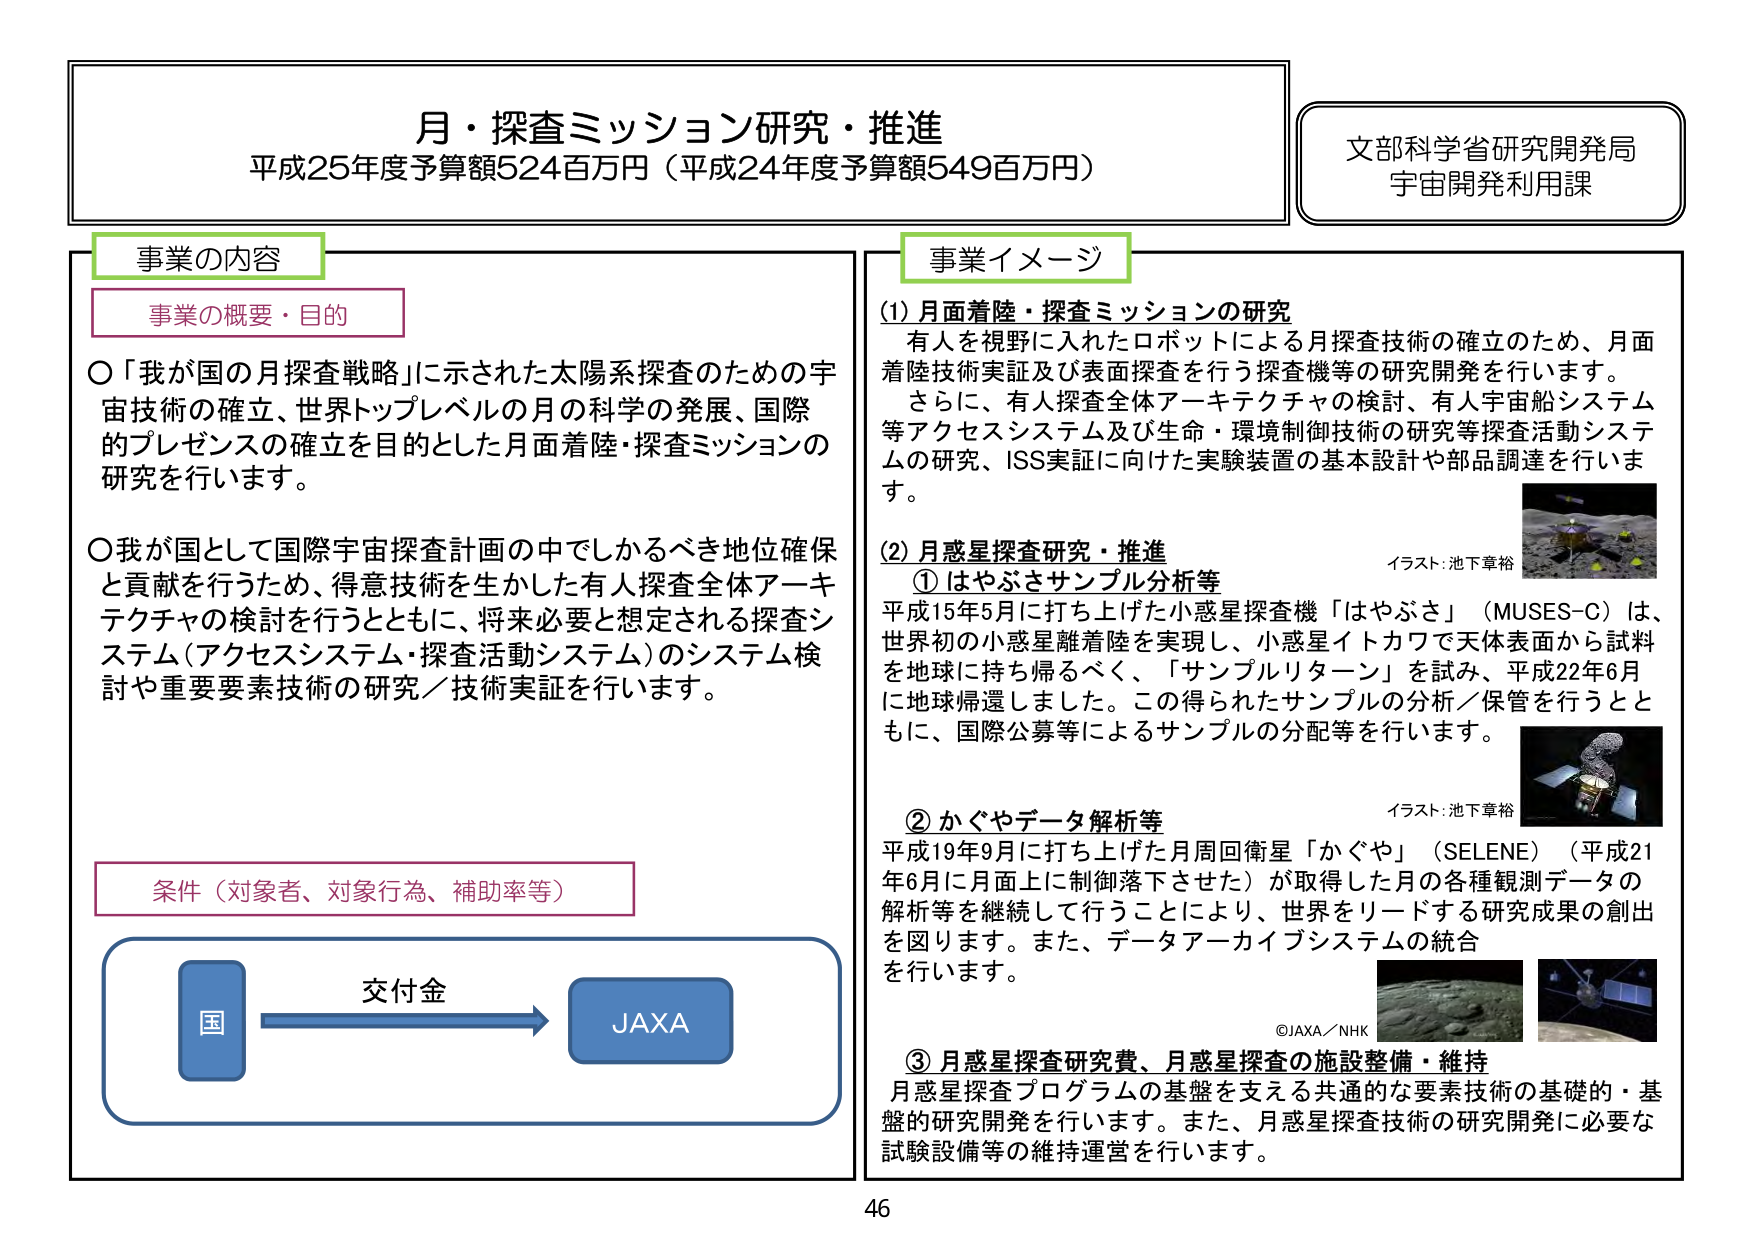
月・探査ミッション研究・推進
平成25年度予算額524百万円（平成24年度予算額549百万円）

文部科学省研究開発局
宇宙開発利用課

事業の内容

事業の概要・目的

○「我が国の月探査戦略」に示された太陽系探査のための宇宙技術の確立、世界トップレベルの月の科学の発展、国際的プレゼンスの確立を目的とした月面着陸・探査ミッションの研究を行います。

○我が国として国際宇宙探査計画の中でしかるべき地位確保と貢献を行うため、得意技術を生かした有人探査全体アーキテクチャの検討を行うとともに、将来必要と想定される探査システム（アクセスシステム・探査活動システム）のシステム検討や重要要素技術の研究／技術実証を行います。

条件（対象者、対象行為、補助率等）

交付金
国 → JAXA

事業イメージ

(1) 月面着陸・探査ミッションの研究
有人を視野に入れたロボットによる月探査技術の確立のため、月面着陸技術実証及び表面探査を行う探査機等の研究開発を行います。
さらに、有人探査全体アーキテクチャの検討、有人宇宙船システム等アクセスシステム及び生命・環境制御技術の研究等探査活動システムの研究、ISS実証に向けた実験装置の基本設計や部品調達を行います。

(2) 月惑星探査研究・推進
① はやぶさサンプル分析等
平成15年5月に打ち上げた小惑星探査機「はやぶさ」（MUSES-C）は、世界初の小惑星離着陸を実現し、小惑星イトカワで天体表面から試料を地球に持ち帰るべく、「サンプルリターン」を試み、平成22年6月に地球帰還しました。この得られたサンプルの分析／保管を行うとともに、国際公募等によるサンプルの分配等を行います。
イラスト：池下章裕

② かぐやデータ解析等
平成19年9月に打ち上げた月周回衛星「かぐや」（SELENE）（平成21年6月に月面上に制御落下させた）が取得した月の各種観測データの解析等を継続して行うことにより、世界をリードする研究成果の創出を図ります。また、データアーカイブシステムの統合を行います。
イラスト：池下章裕

③ 月惑星探査研究費、月惑星探査の施設整備・維持
月惑星探査プログラムの基盤を支える共通的な要素技術の基礎的・基盤的研究開発を行います。また、月惑星探査技術の研究開発に必要な試験設備等の維持運営を行います。

©JAXA／NHK

46